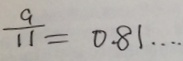
\frac { 9 } { 1 1 } = 0 . 8 1 \cdots